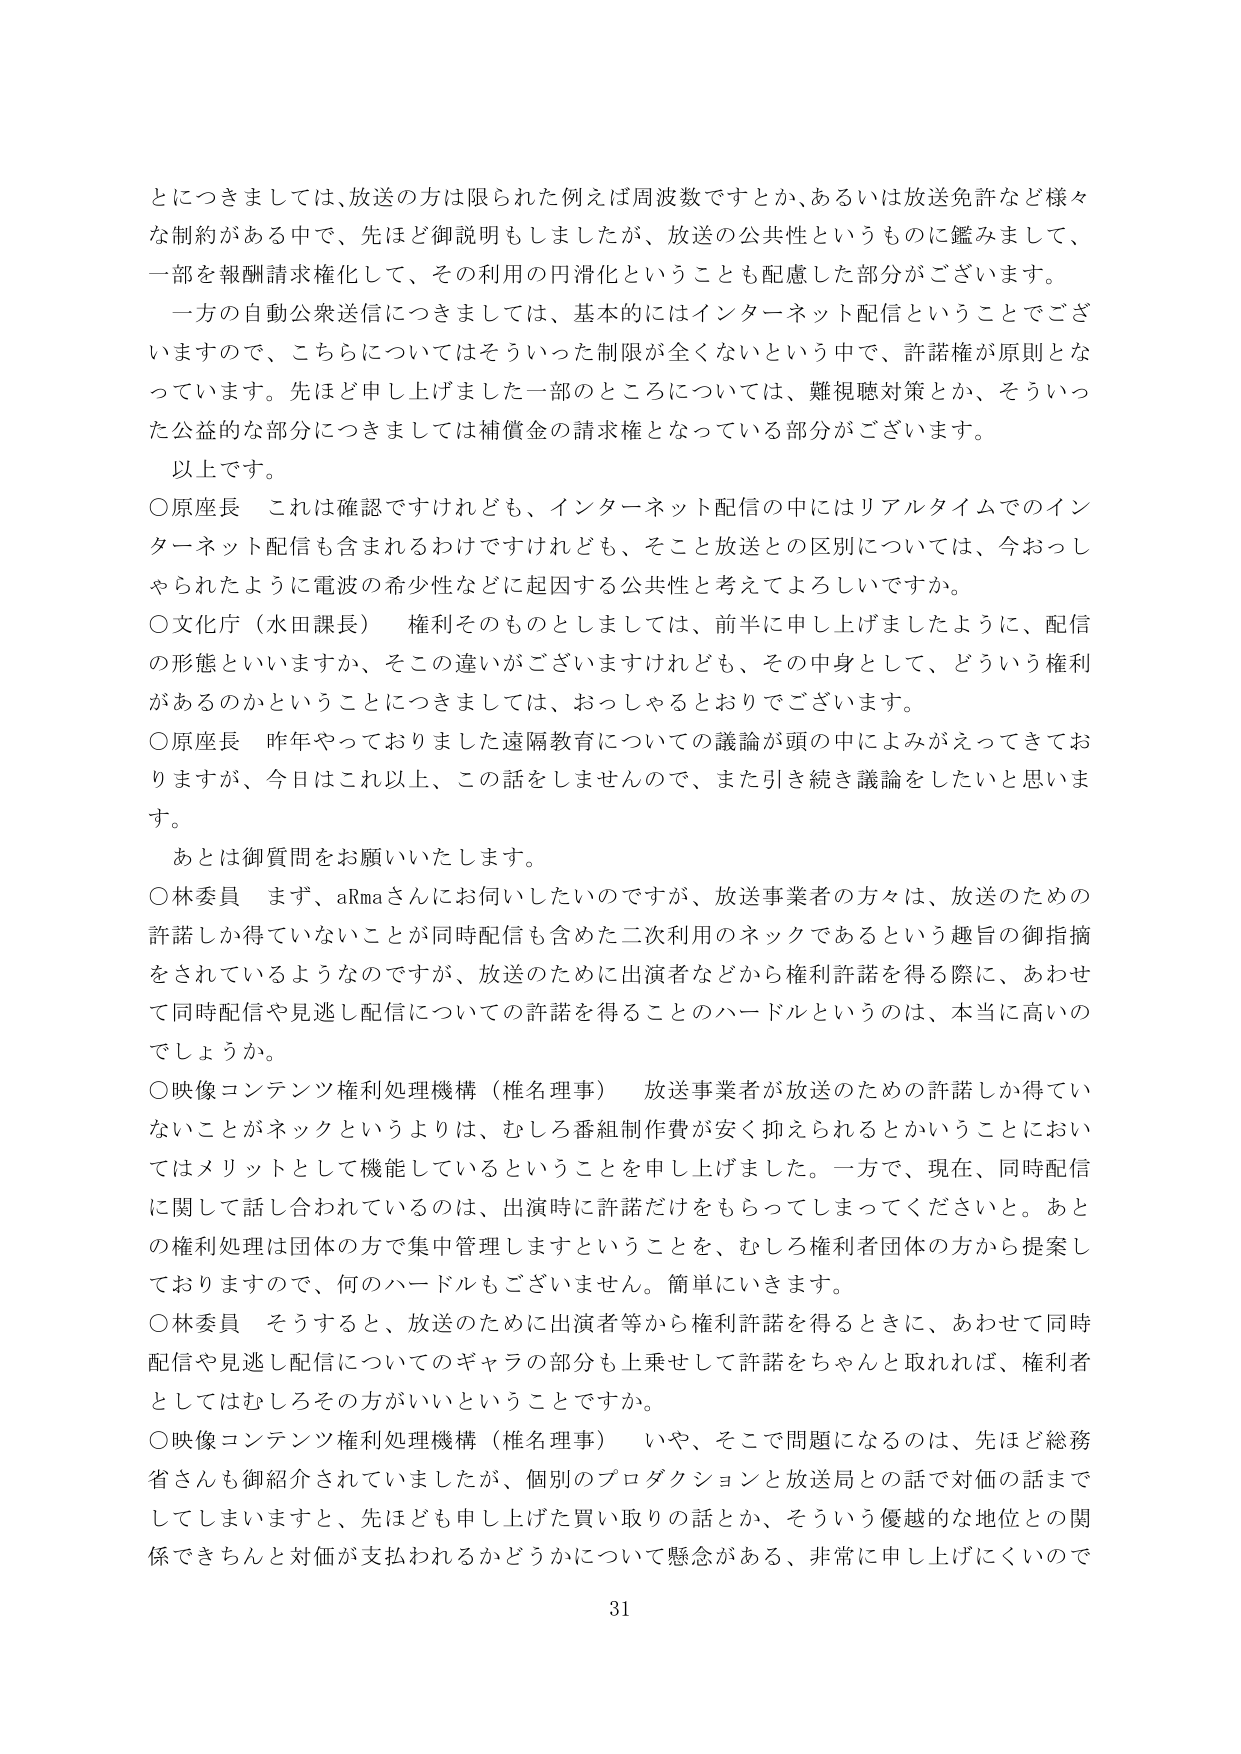
とにつきましては、放送の方は限られた例えば周波数ですとか、あるいは放送免許など様々な制約がある中で、先ほど御説明もしましたが、放送の公共性というものに鑑みまして、一部を報酬請求権化して、その利用の円滑化ということも配慮した部分がございます。

一方の自動公衆送信につきましては、基本的にはインターネット配信ということでございますので、こちらについてはそういった制限が全くないという中で、許諾権が原則となっています。先ほど申し上げました一部のところについては、難視聴対策とか、そういった公益的な部分につきましては補償金の請求権となっている部分がございます。

以上です。

○原座長　これは確認ですけれども、インターネット配信の中にはリアルタイムでのインターネット配信も含まれるわけですがけれども、そこと放送との区別については、今おっしゃられたように電波の希少性などに起因する公共性と考えてよろしいですか。

○文化庁（水田課長）　権利そのものとしましては、前半に申し上げましたように、配信の形態といいますか、その違いがございますけれども、その中身として、どういう権利があるのかということにつきましては、おっしゃるとおりでございます。

○原座長　昨年やっておりました遠隔教育についての議論が頭の中によみがえってきていますが、今日はこれ以上、この話をしませんので、また引き続き議論をしたいと思います。

あとは御質問をお願いいたします。

○林委員　まず、aRmaさんにお伺いしたいのですが、放送事業者の方々は、放送のための許諾しか得ていないことが同時配信も含めた二次利用のネックであるという趣旨の御指摘をされているようなのですが、放送のために出演者などから権利許諾を得る際に、あわせて同時配信や見逃し配信についての許諾を得ることのハードルというのは、本当に高いのでしょうか。

○映像コンテンツ権利処理機構（椎名理事）　放送事業者が放送のための許諾しか得ていないことがネックというよりは、むしろ番組制作費が安く抑えられるとかいうことにおいてはメリットとして機能しているということを申し上げました。一方で、現在、同時配信に関して話し合われているのは、出演時に許諾だけをもらってしまってくださいと。あとの権利処理は団体の方で集中管理しますということを、むしろ権利者団体の方から提案しておりますので、何のハードルもございません。簡単にいきます。

○林委員　そうすると、放送のために出演者等から権利許諾を得るときに、あわせて同時配信や見逃し配信についてのギャラの部分も上乗せして許諾をちゃんと取れば、権利者としてはむしろその方がいいということですか。

○映像コンテンツ権利処理機構（椎名理事）　いや、そこで問題になるのは、先ほど総務省さんも御紹介されていましたが、個別のプロダクションと放送局との話で対価の話までしてしまいますと、先ほども申し上げた買い取りの話とか、そういう優越的な地位との関係できちんと対価が支払われるかどうかについて懸念がある、非常に申し上げにくいので

31